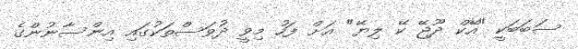
ސަބަބަކީ "އޭކް ދޫޖޭ ކޭ ލިޔޭ" އަށް ފަހު މިވީ ދުވަސްތަކުގައި އިންސާނުންގެ